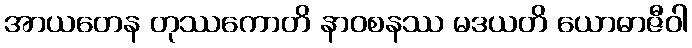
အာယတေန တုဿကောတိ နာဝစနဿ မဒယတိ ယောဓာဇီဝါ